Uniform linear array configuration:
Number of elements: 32
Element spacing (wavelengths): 0.75
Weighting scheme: cosine
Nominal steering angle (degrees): -15
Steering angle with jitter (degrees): -14.928
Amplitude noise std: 0.05
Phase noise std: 0.05

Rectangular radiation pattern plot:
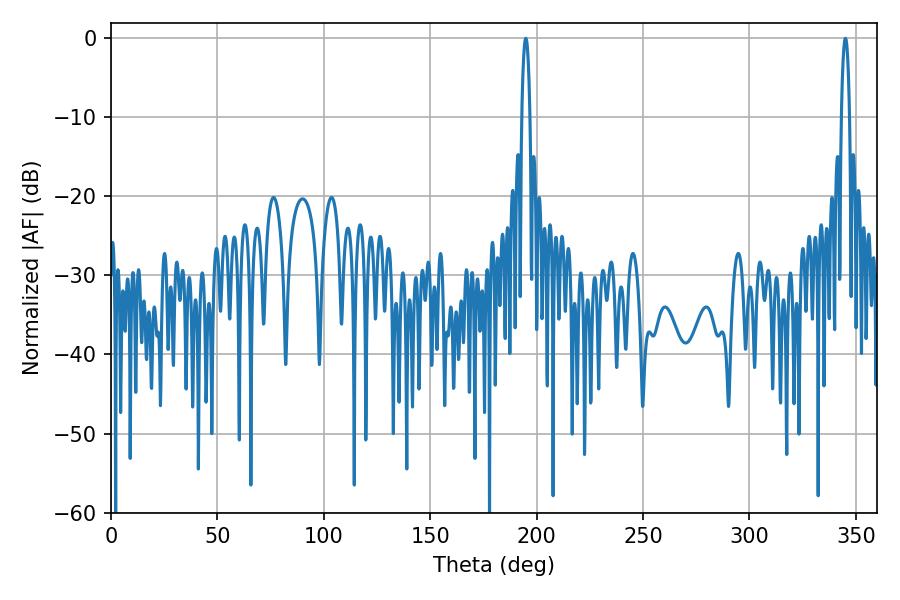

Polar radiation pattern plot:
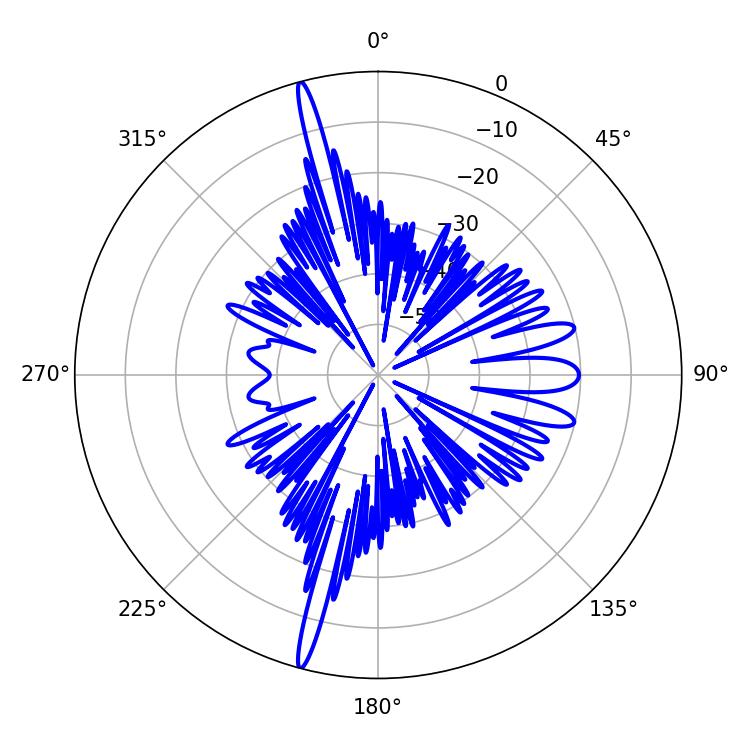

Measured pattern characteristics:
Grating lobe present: TRUE
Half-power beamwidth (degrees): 2.16
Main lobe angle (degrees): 345.06